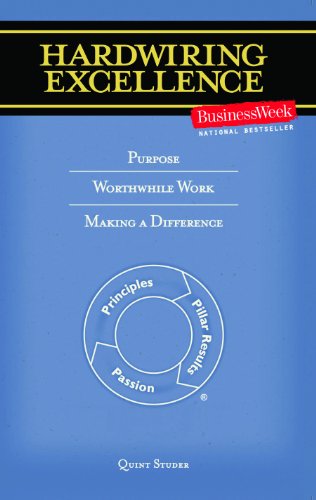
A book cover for Hardwiring Excellence: Purpose, Worthwhile Work, Making a Difference; Quint Studer; Business & Money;